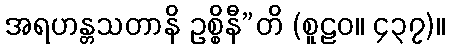
အရဟန္တသတာနိ ဥစ္စိနီ”တိ (စူဠဝ။ ၄၃၇)။